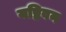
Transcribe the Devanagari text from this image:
यष्टिवन